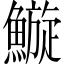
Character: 䲂